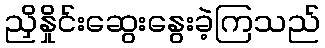
ညှိနှိုင်းဆွေးနွေးခဲ့ကြသည်